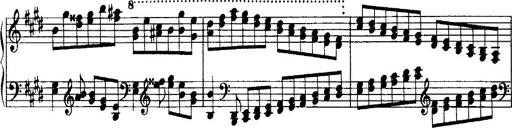
Title: Rondo di bravura
Composer: Franz Liszt